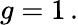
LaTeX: g=1\, .